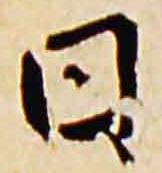
日